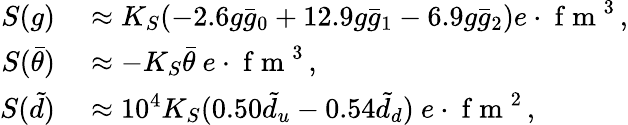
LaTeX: \begin{array}{rl}{S(g)}&{{}\approx K_{S}(-2.6g\bar{g}_{0}+12.9g\bar{g}_{1}-6.9g\bar{g}_{2})e\cdot\mathrm{~f~m~}^{3}\, ,}\\ {S(\bar{\theta})}&{{}\approx-K_{S}\bar{\theta}\ e\cdot\mathrm{~f~m~}^{3}\, ,}\\ {S(\tilde{d})}&{{}\approx 10^{4}K_{S}(0.50\tilde{d}_{u}-0.54\tilde{d}_{d})\ e\cdot\mathrm{~f~m~}^{2}\, ,}\end{array}